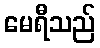
မေရီသည်